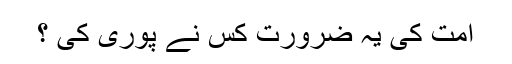
امت کی یہ ضرورت کس نے پوری کی ؟